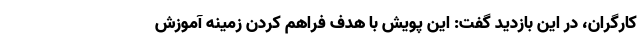
کارگران، در این بازدید گفت: این پویش با هدف فراهم کردن زمینه آموزش